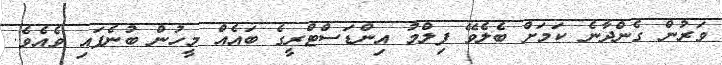
ވަރުން ގެންދާނެ ކަމަށް ބެލެވޭ ފިލްމު އިންޑަސްޓްރީގެ ބައެއް މީހުން ބުނެފައި ވެއެވެ.